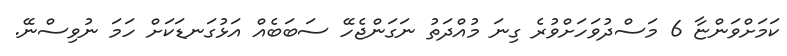
ކަމަށްވަންޏާ 6 މަސްދުވަހަށްވުރެ ގިނަ މުއްދަތު ނަގަންޖެހޭ ސަބަބެއް އަޅުގަނޑަކަށް ހަމަ ނުވިސްނޭ.